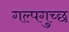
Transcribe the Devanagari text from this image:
गल्पगुच्छ